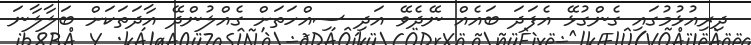
ދިރިއުޅުމުގައި ގެންގުޅޭ އެފަދަ ބައެއް ނޭދެވޭ އަދި ސިއްހަތަށް ގެއްލުންދޭ އާދަތަކަށް ބަލާލާނަ